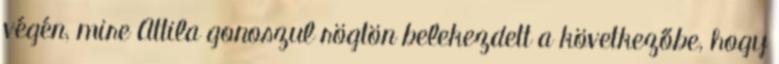
végén, mire Attila gonoszul rögtön belekezdett a következőbe, hogy